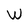
Character: W